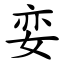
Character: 娈